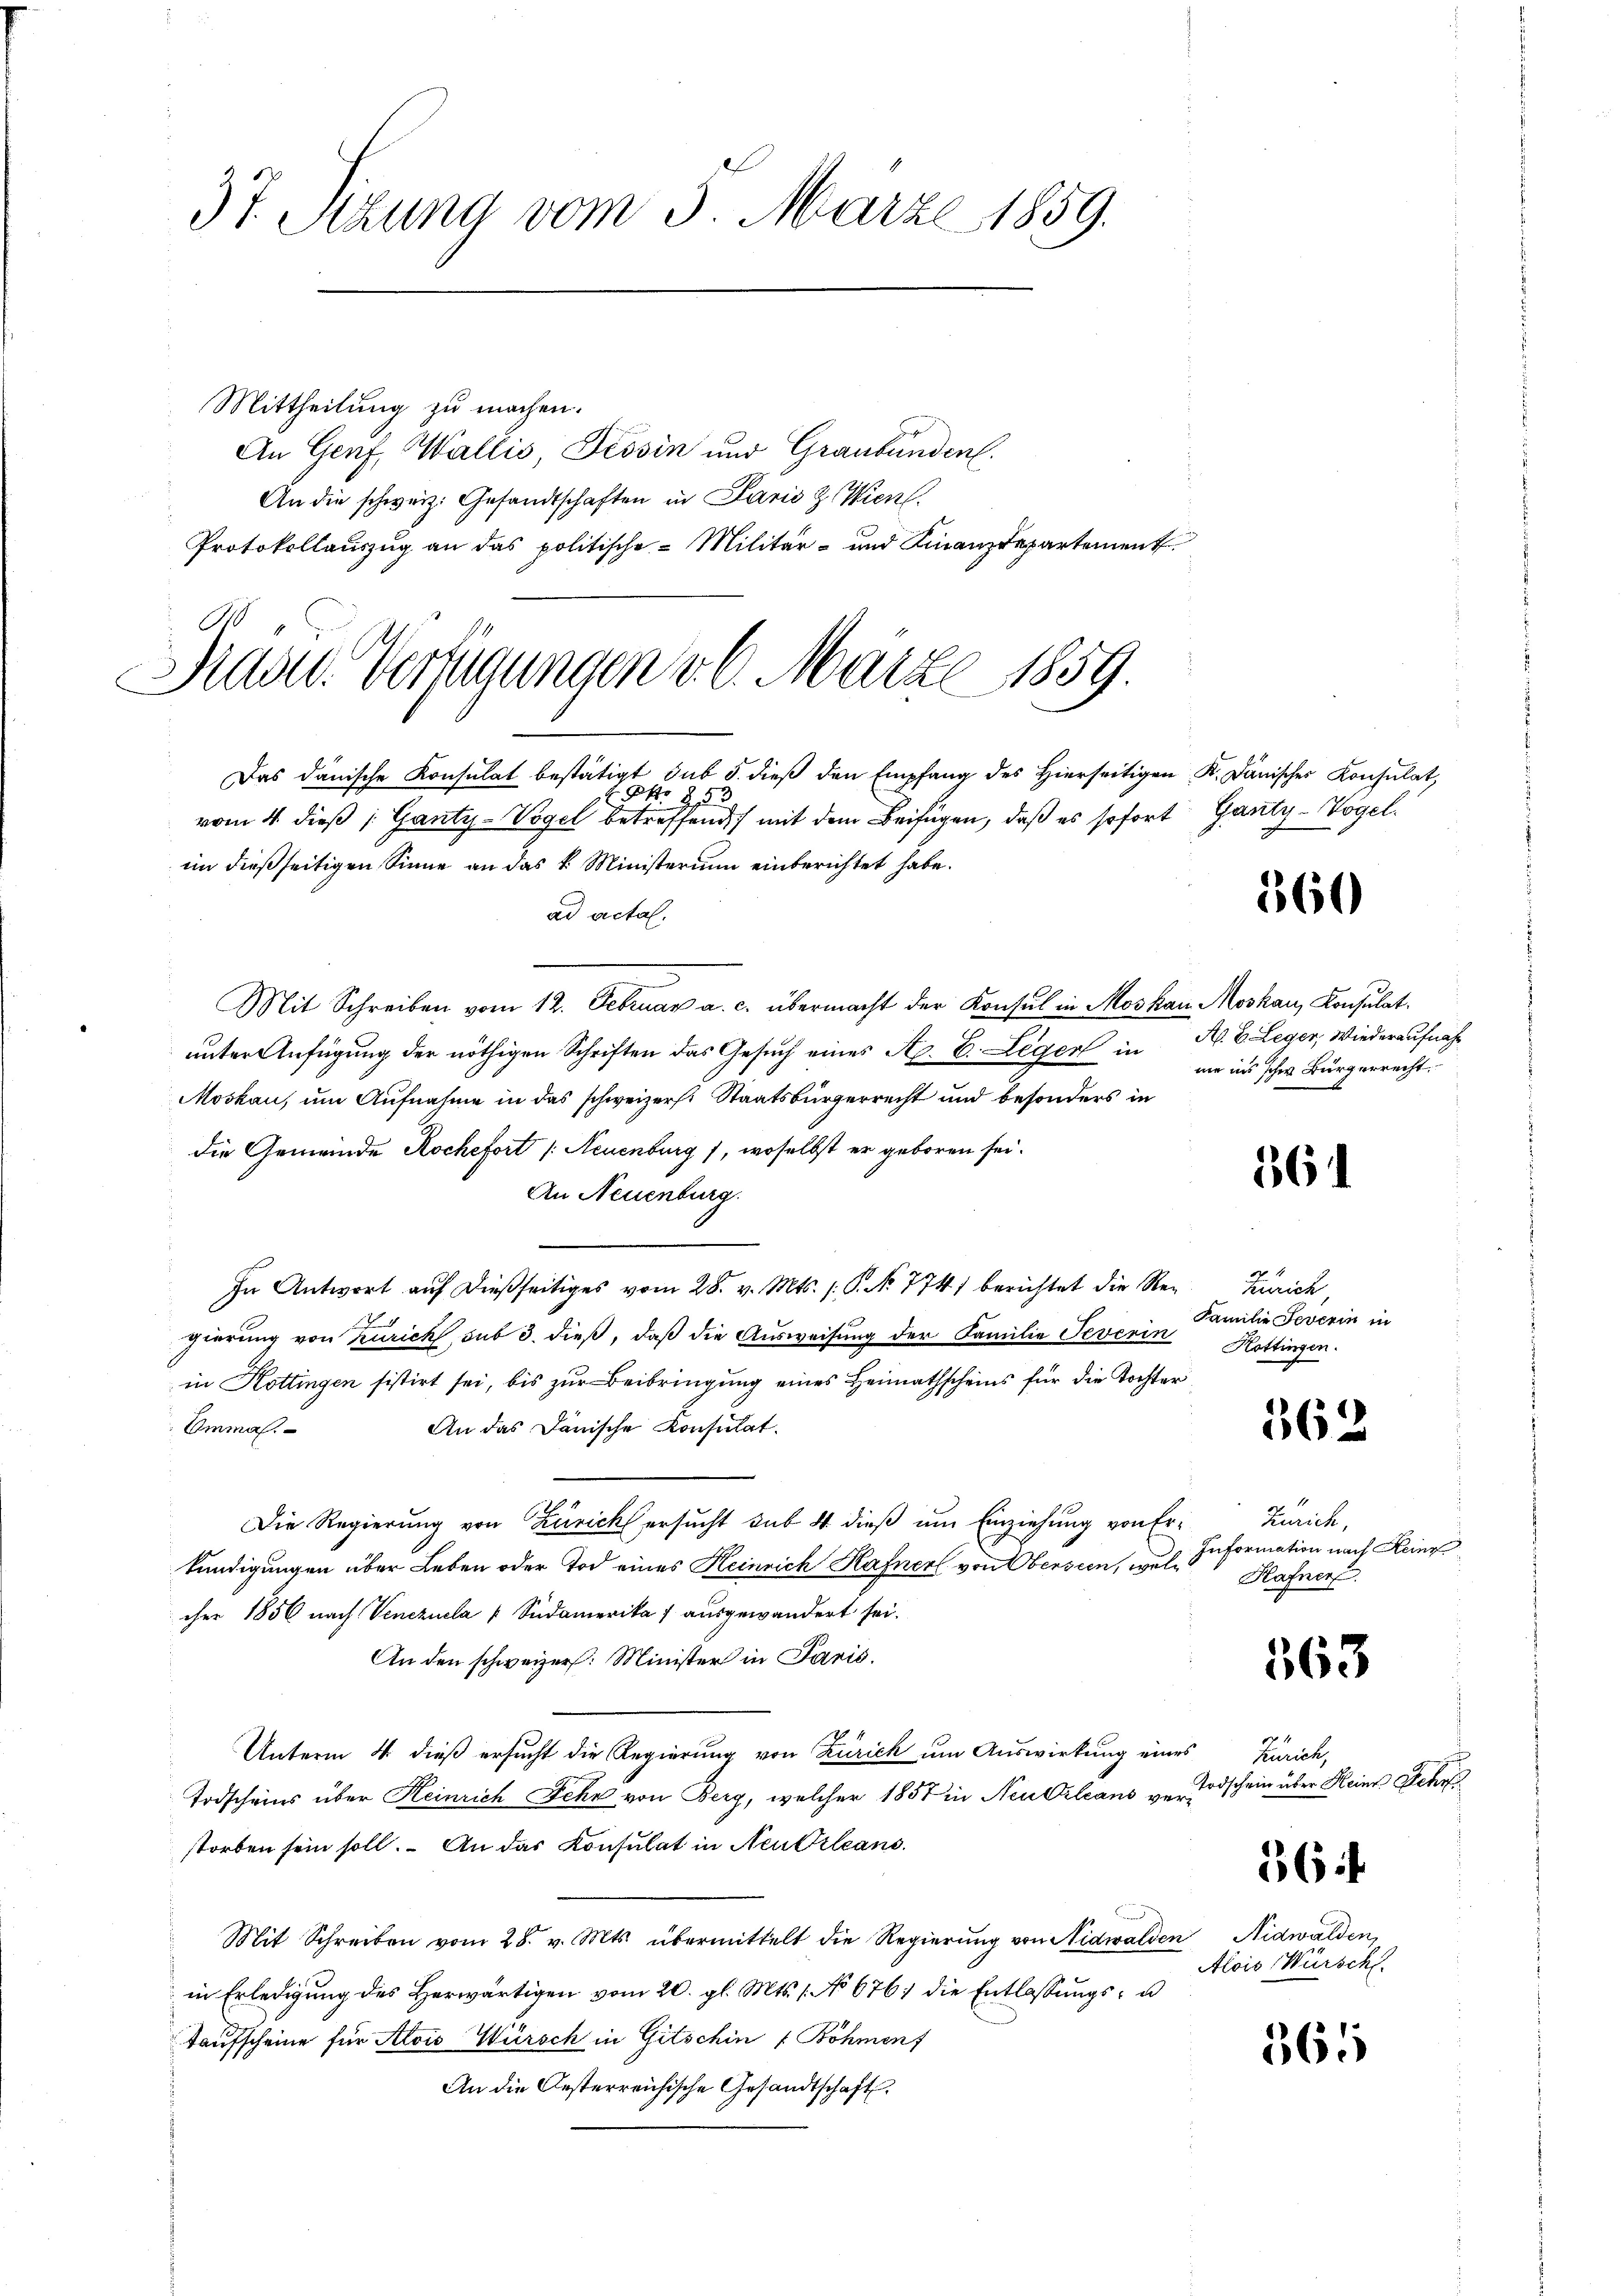
37. Sizung vom 5. März 1859.

Mittheilung zu machen.
An Genf, Wallis, Tessin und Graubünden.
An die schweiz. Gesandtschaften in Parie z. Wien.
Protokollauszug an das politische Militär- und Finanzdepartement

No 853.
vom 4. dieß: Ganty-Vogel betreffend mit dem Beifügen, daß es sofort Gauty-Vogel.
im dießseitigen Sinne an das k. Ministerium einberichtet habe.
ad actal.
Mit Schreiben vom 12. Februar a. c. übermacht der Konsul in Moskau Moskau, Konsulat
unter Anfügung der nöthigen Schriften das Gesuch eines A. E. Leger in
Moskau, um Aufnahme in das schweizer. Staatsbürgerrecht und besonders in
die Gemeinde Rochefort (Neuenburg 1, woselbst er geboren sei.
An Neuenburg.
In Antwort aŭf dießseitiges vom 28. v. Mts. /: P. Nr. 774) berichtet die Reg. Zürich,
gierung von Zürich sub 3. dieß, daß die Ausweisung der Familie Teverin
in Hottingen sistirt sei, bis zur Beibringung eines Heimathscheins für die Tochter
Emmas.
An das Dänische Konsulat.
Die Regierung von Zürich ersucht sub 4 dieß um Einziehung von Erkündigungen über Leben oder Tod eines Heinrich Hafner von Obersien, wele Hafner
cher 1856 nach Venezuela " Südamerika 7 ausgewandert sei.
An den schweizer. Minister in Paris,
Unterm 4. dieß ersucht die Regierung von Zürich um Auswirkung eines Zürich,
Todscheins über Heinrich Fehr von Berg, welcher 1857 in Neukrleans verstorben sein soll. An das Konsulat in Neukleans
Mit Schreiben vom 28. v. Mts. übermittelt die Regierung von Nidwalden Nidwalden,
in Erledigung des Herwärtigen vom 20. gl. Mts. 1. No 676; die Entlassungs- u
Taufscheine für Alois Würsch in Gitschin ( Böhmen f
An die Oesterreichische Gesandtschaft

Grund Verfügungen v. 6. März 1859.

Das dänische Konsulat bestätigt sub 5. dieβ den Empfang des hierseitigen K. Dänischer Konsulat,

560

A. B. Leger, Wiederaufnahm
ne ins sche Bürgerrecht.

361

Familie Severin in
Kottingen.

362

Zürich,
Information nach Keine

563

Todschein über Heine Schri

36

Alois Würschl

365